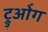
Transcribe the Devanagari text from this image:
ट्रुओंग